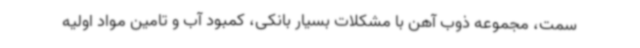
سمت، مجموعه ذوب آهن با مشکلات بسیار بانکی، کمبود آب و تامین مواد اولیه